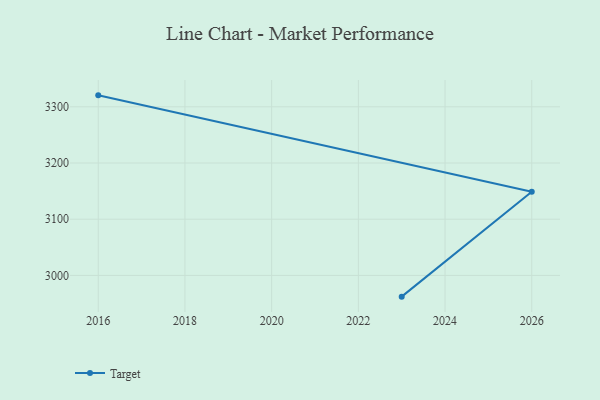
{"axis": {"x": "Year", "y": "Bounce Rate (%)"}, "legend": ["Target"], "data": [{"x": "2016", "y": 3320.4, "type": "Target"}, {"x": "2026", "y": 3149.0, "type": "Target"}, {"x": "2023", "y": 2962.2, "type": "Target"}]}